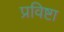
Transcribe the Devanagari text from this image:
प्रविष्टा